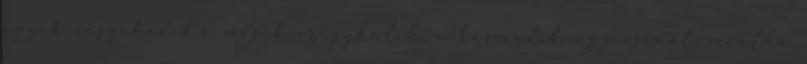
egyik veszekedik,a másik irigykedik, a harmadik úgy csinál, mintha